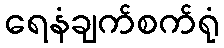
ရေနံချက်စက်ရုံ